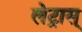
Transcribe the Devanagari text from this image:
लेट्रास्